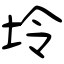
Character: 坽